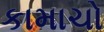
કામાચો